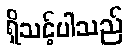
ရှိသင့်ပါသည်